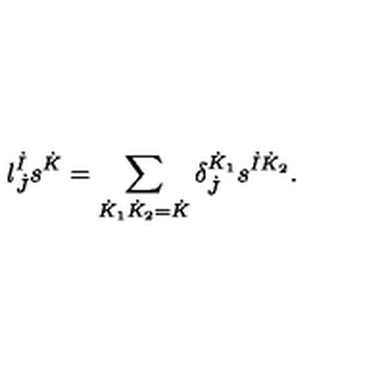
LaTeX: l _ { \dot { J } } ^ { \dot { I } } s ^ { \dot { K } } = \sum _ { \dot { K } _ { 1 } \dot { K } _ { 2 } = \dot { K } } \delta _ { \dot { J } } ^ { \dot { K } _ { 1 } } s ^ { \dot { I } \dot { K } _ { 2 } } .